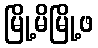
မြို့မိမြို့ဖ